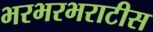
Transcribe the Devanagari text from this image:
भरभरभराटीस